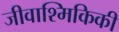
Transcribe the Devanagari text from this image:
जीवाश्मिकिकी